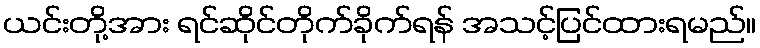
ယင်းတို့အား ရင်ဆိုင်တိုက်ခိုက်ရန် အသင့်ပြင်ထားရမည်။